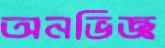
অনভিজ্ঞ